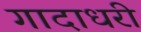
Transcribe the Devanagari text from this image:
गादाधरी